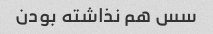
سس هم نذاشته بودن